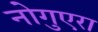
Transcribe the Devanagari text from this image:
नोगुएरा